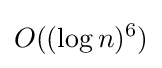
O((\log {n})^{6})